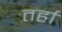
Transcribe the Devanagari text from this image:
तर्हा